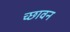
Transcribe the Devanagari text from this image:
च्छावन